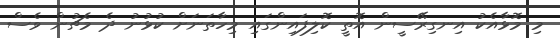
މި މޮޅާއެކު އިނގިރޭސީން އޮތީ ކޮލިފައިންގައި މިހާތަނަށް ކުޅުނު ދެ މެޗުން ވެސް